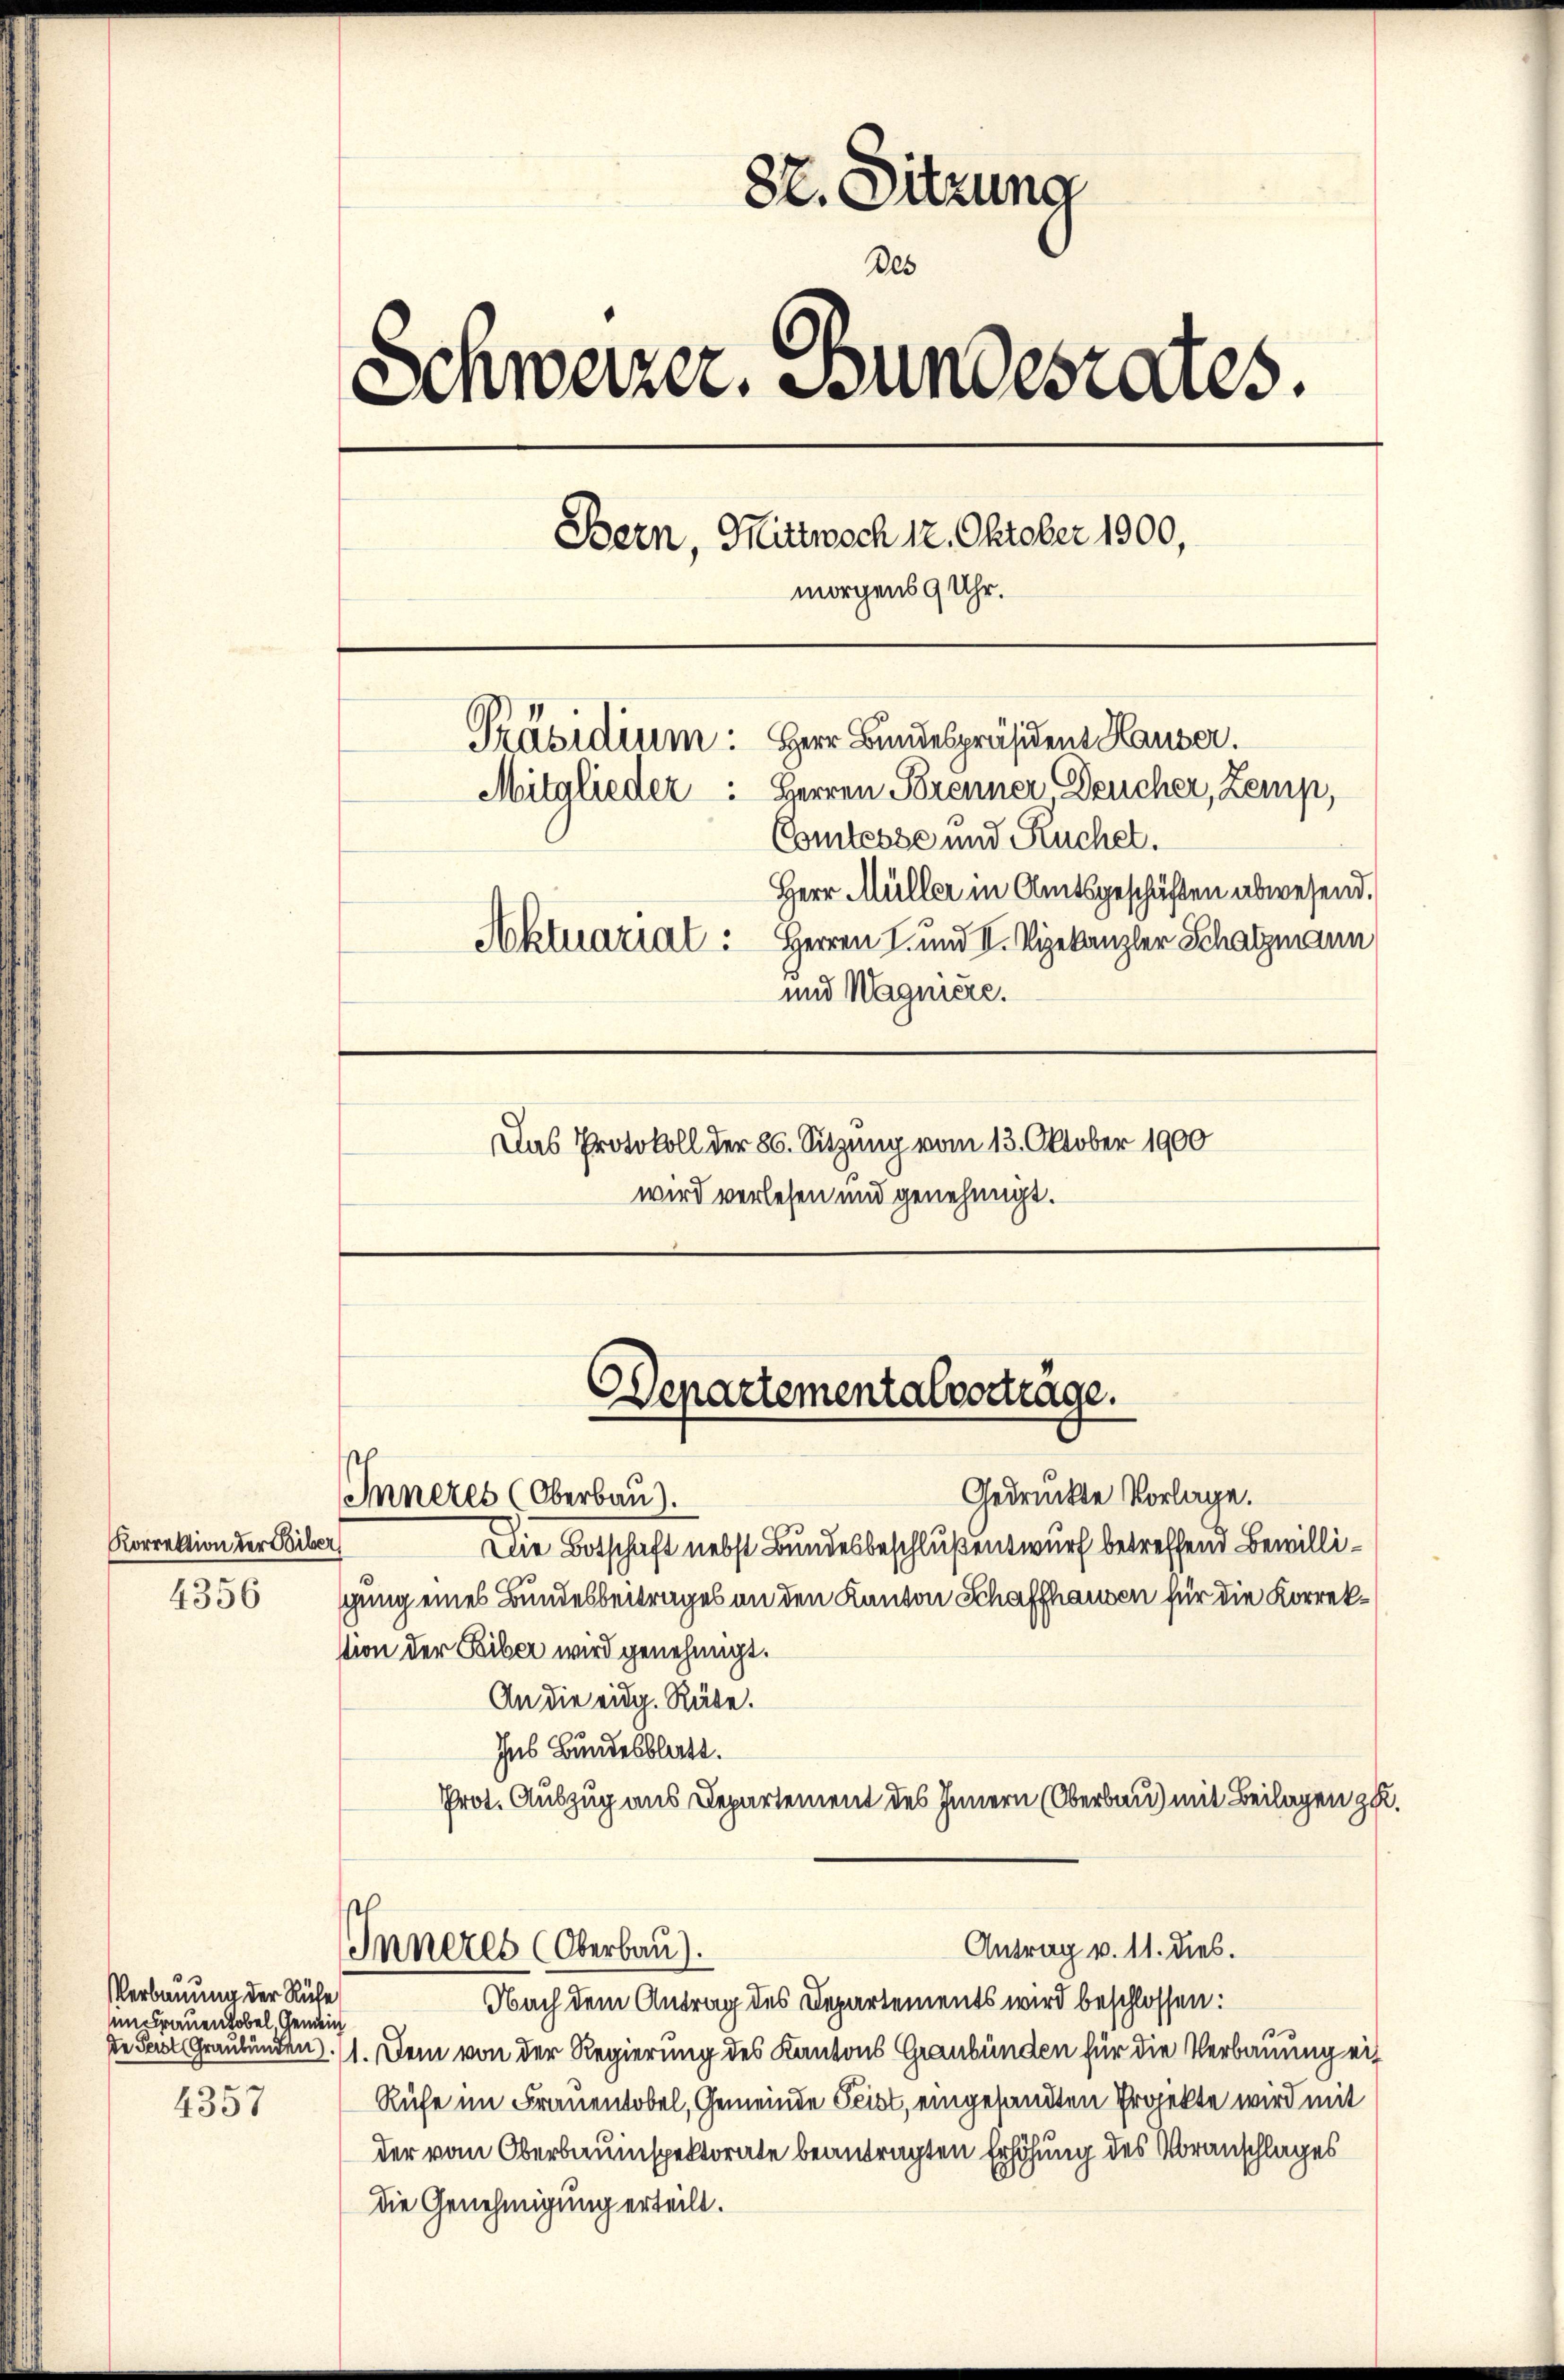
Korrektion der Liber
4356

Verbauung der Ruhe
im Frauen Tobel Gemein
4357

82. Sitzung
Des
Schweizer. Bundesrates.
Bern, Mittwoch 12. Oktober 1900,
morgens 9 Uhr.
Präsidium: Herr Bundespräsident Hauser.
Mitglieder: Herren Brenner Deucher, Zemp,
Comtesse und Küchel.
Herr Müller in Amtsgeschäften abwesend.
Aktuariat: Herren I. und II. Vizekanzler Schatzmann
und Magniere.
Das Protokoll der 86. Sitzung vom 13. Oktober 1900
wird verlesen und genehmigt.

Gedruckte Vorlage.
Inneres (Oberbau).
Die Botschaft nebst Bundesbeschluß entwurf betreffend Bewilligung eines Bundesbeitrages an den Kanton Schaffhausen für die Korrekstion der Reiber wird genehmigt.
An die eidg. Räte.
Ins Bundesblatt.
Prot. Auszug aus Departement des Innern (Oberbau) mit Beilagen zu
Antrag v. 11. dies.
Inneres (Oberbau).
Nach dem Antrag des Departements wird beschlossen:
de Seel Graubünden 1. Dem von der Regierung des Kantons Graubünden für die Verbauung ei¬
Rufe im Frauentobel, Gemeinde Seist, eingesandten Projekte wird mit
der vom Oberbauinspektorate beantragten Erhöhung des Voranschlages
die Genehmigung erteilt.

Departementalvorträge.